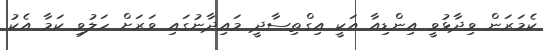
ކެމަރަން ވިދާޅުވީ އިންޑިއާ އަކީ އިގްތިސާދީ މައިދާނުގައި ވަރަށް ހަލުވި ކަމާ އެކު